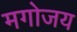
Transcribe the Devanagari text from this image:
मगोजय